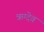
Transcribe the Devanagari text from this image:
ऋग्देव